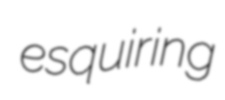
esquiring